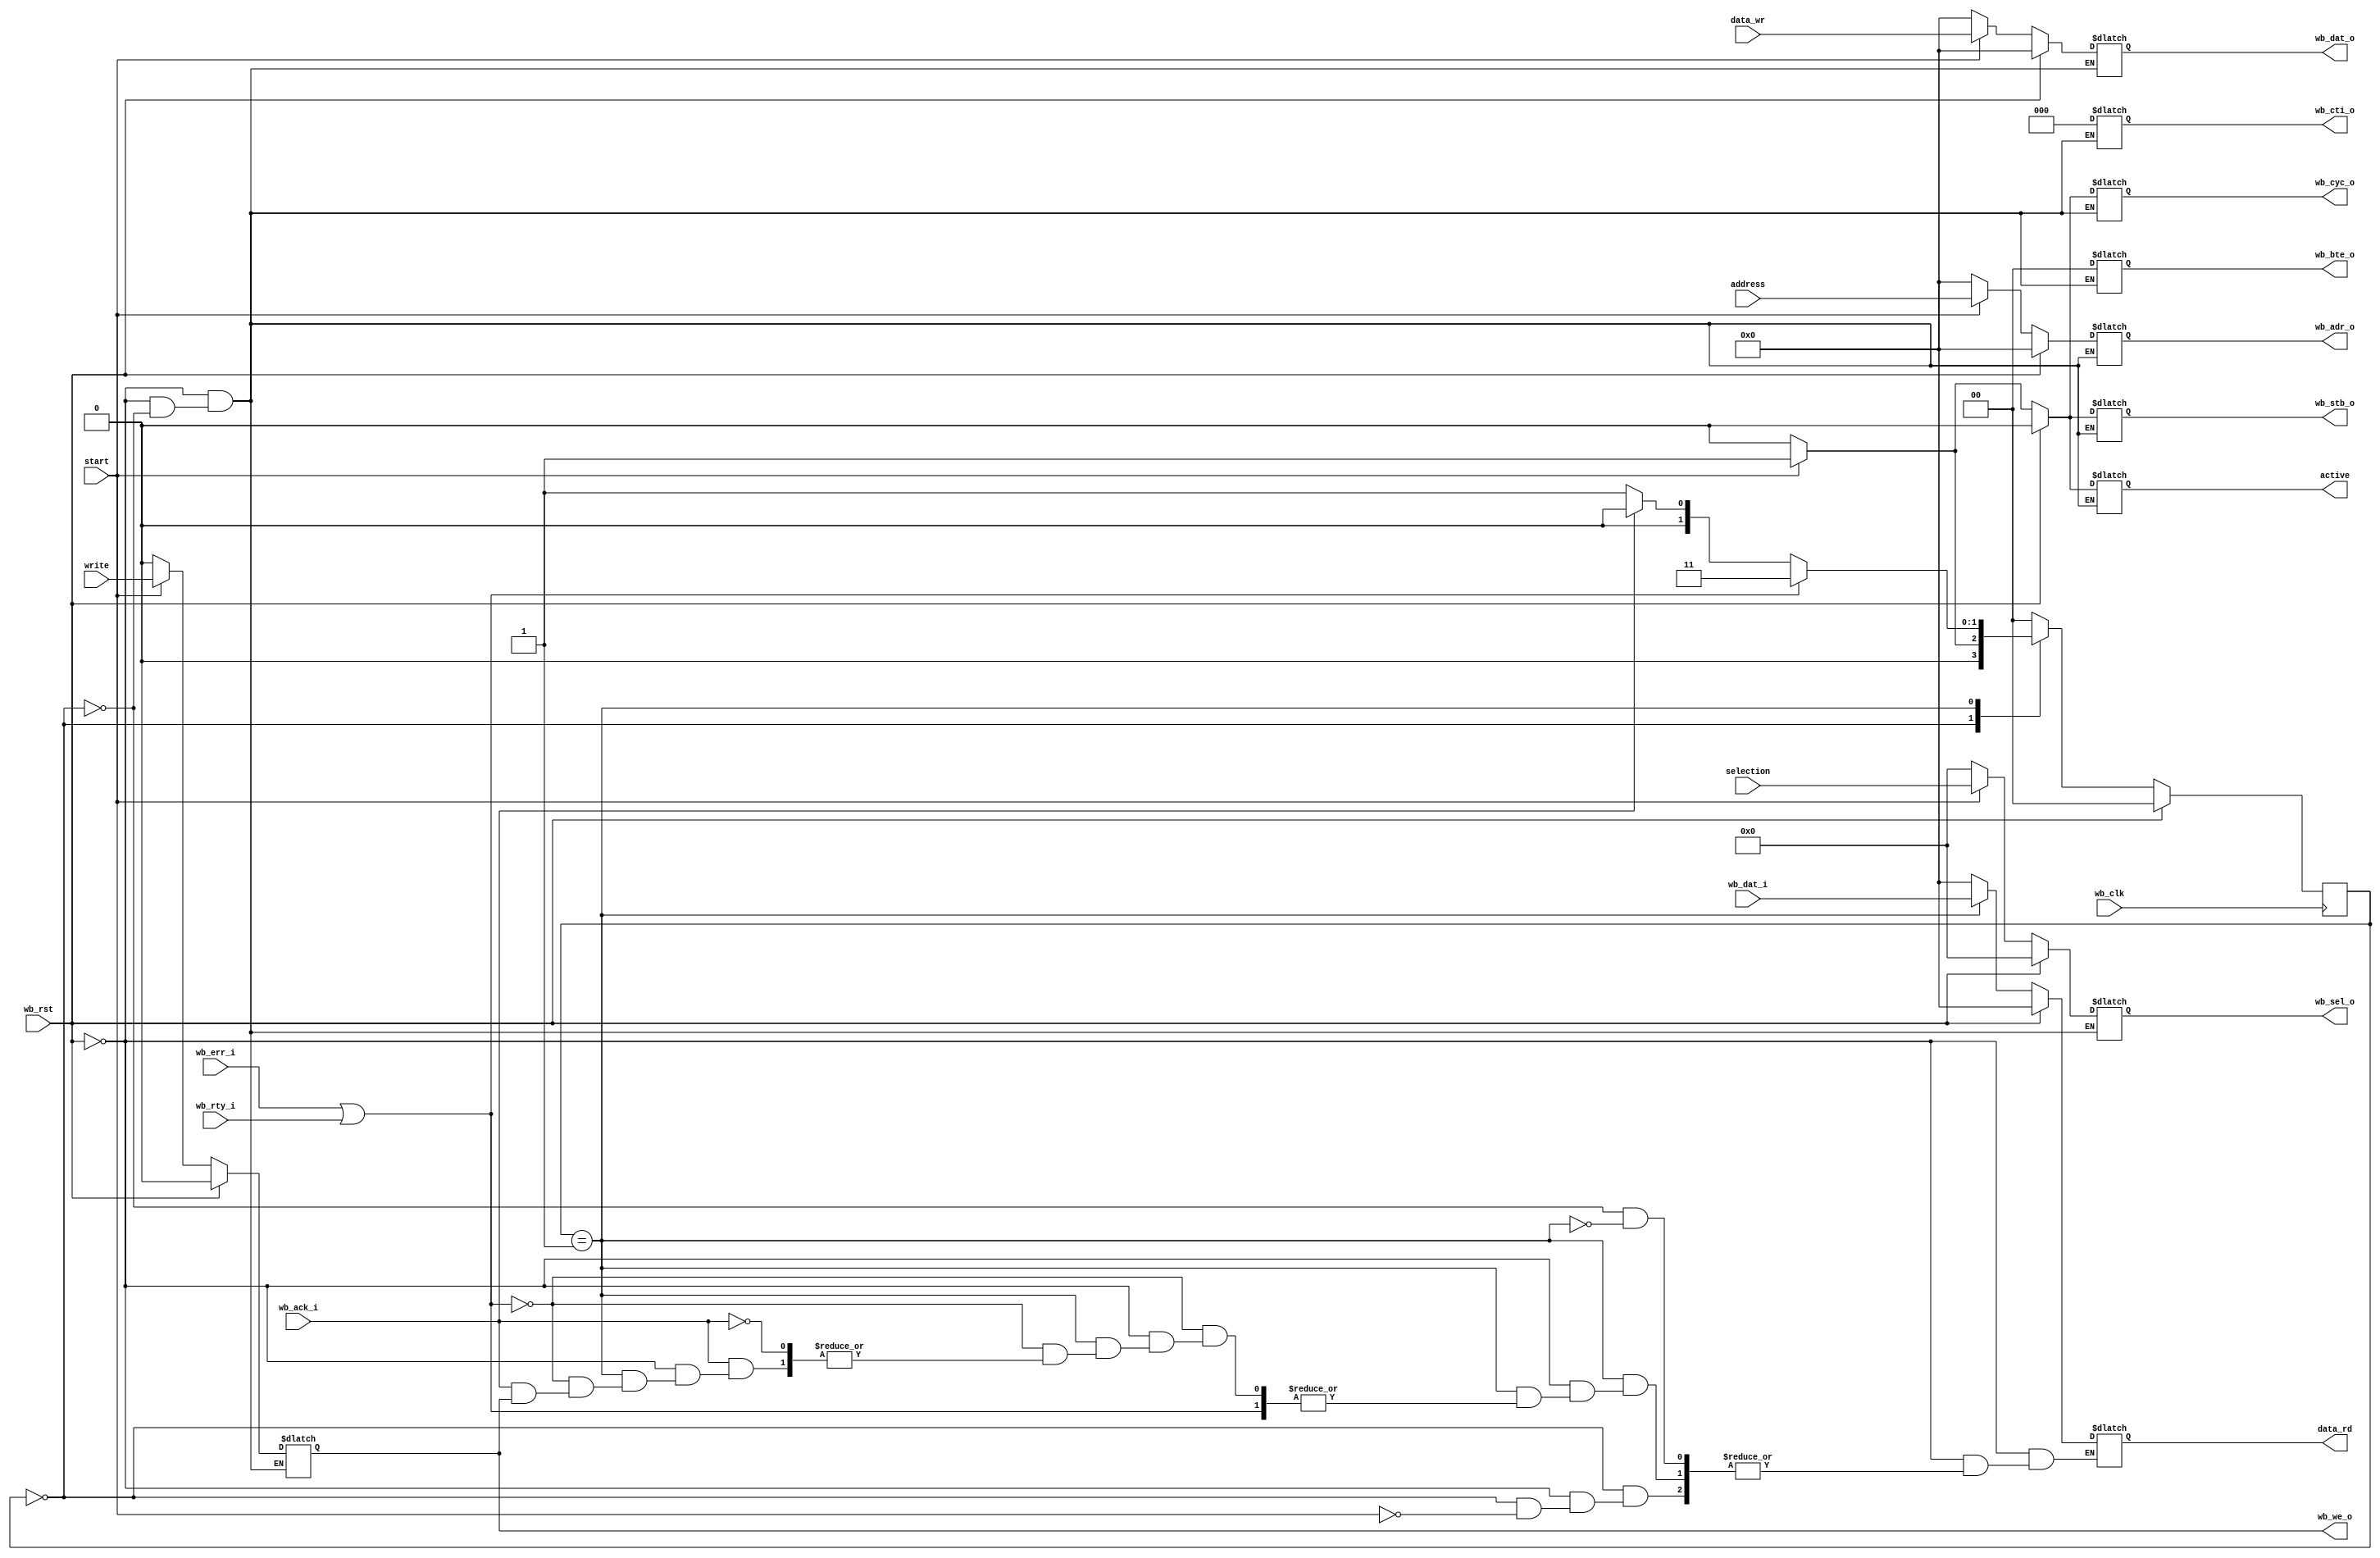
module testing_wb_master (/*AUTOARG*/
   // Outputs
   wb_adr_o, wb_dat_o, wb_sel_o, wb_we_o, wb_cyc_o, wb_stb_o,
   wb_cti_o, wb_bte_o, data_rd, active,
   // Inputs
   wb_clk, wb_rst, wb_dat_i, wb_ack_i, wb_err_i, wb_rty_i, start,
   address, selection, write, data_wr
   ) ;

   parameter dw = 32;
   parameter aw = 32;
   parameter DEBUG = 0;

   input 		wb_clk;
   input 		wb_rst;
   output reg [aw-1:0] wb_adr_o;
   output reg [dw-1:0] wb_dat_o;
   output reg [3:0]    wb_sel_o;
   output reg          wb_we_o;
   output reg          wb_cyc_o;
   output reg          wb_stb_o;
   output reg [2:0]    wb_cti_o;
   output reg [1:0]    wb_bte_o;
   input [dw-1:0]      wb_dat_i;
   input               wb_ack_i;
   input               wb_err_i;
   input               wb_rty_i;

   input               start;
   input [aw-1:0]      address;
   input [3:0]         selection;
   input               write;   
   input [dw-1:0]      data_wr;
   output reg [dw-1:0] data_rd;
   output reg          active;
   
   
   reg [1:0]           state;
   reg [1:0]           next_state;
   parameter STATE_IDLE         = 2'h0;
   parameter STATE_WAIT_ACK     = 2'h1;
   parameter STATE_ERROR        = 2'h3;


   reg [aw-1:0]        adr_o;
   reg [dw-1:0]        dat_o;
   reg [3:0]           sel_o;
   reg                 we_o;
   reg                 cyc_o;
   reg                 stb_o;
   reg [2:0]           cti_o;
   reg [1:0]           bte_o;

   
   always @(posedge wb_clk)
     if (wb_rst) begin
        state <= STATE_IDLE;
     end else begin
         state <= next_state;
     end
   


   always @(*)
     if (wb_rst) begin
        next_state = STATE_IDLE;
        active = 0;   
        wb_adr_o <= 0;
        wb_dat_o <= 0;
        wb_sel_o <= 0;
        wb_we_o  <= 0;
        wb_cyc_o <= 0;
        wb_stb_o <= 0;
        wb_cti_o <= 0;
        wb_bte_o <= 0;  
        data_rd  <= 0;        
     end else begin // if (wb_rst)
        case (state)
          STATE_IDLE: begin
             active = 0;
             wb_adr_o = 0;
             wb_dat_o = 0;
             wb_sel_o = 0;
             wb_we_o  = 0;
             wb_cyc_o = 0;
             wb_stb_o = 0;
             wb_cti_o = 0;
             wb_bte_o = 0;              
             if (start) begin
                next_state = STATE_WAIT_ACK;
                wb_adr_o = address;
                wb_dat_o = data_wr;
                wb_sel_o = selection;
                wb_we_o  = write;
                wb_cyc_o = 1;
                wb_stb_o = 1;
                wb_cti_o = 0;
                wb_bte_o = 0;                 
                active   = 1;
                data_rd  =0;                
             end else begin
                next_state = STATE_IDLE;                
             end
          end // case: STATE_IDLE
          STATE_WAIT_ACK: begin
             if (wb_err_i || wb_rty_i) begin
                next_state = STATE_ERROR;
             end else if (wb_ack_i) begin                   
                if (! wb_we_o)
                  data_rd = wb_dat_i;
                
                next_state = STATE_IDLE;
             end else begin                
                next_state = STATE_WAIT_ACK;
             end
             
          end // case: STATE_WAIT_ACK
          STATE_ERROR: begin
             next_state = STATE_IDLE;             
          end
          default: begin
             next_state = STATE_IDLE;             
          end
          
        endcase // case (state)
        
     end
   
   
`ifdef SIM
   reg [32*8-1:0] state_name;
   always @(*)
     case (state)
       STATE_IDLE: state_name         = "STATE_IDLE";
       STATE_WAIT_ACK: state_name     = "STATE_WAIT ACK";
       STATE_ERROR:state_name         = "STATE ERROR";       
       default: state_name            = "DEFAULT";
     endcase // case (state)
   
`endif
   
endmodule